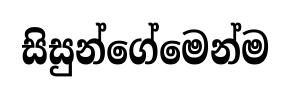
සිසුන්ගේමෙන්ම